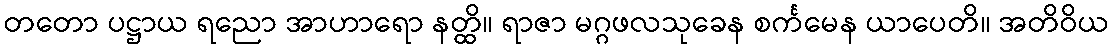
တတော ပဋ္ဌာယ ရညော အာဟာရော နတ္ထိ။ ရာဇာ မဂ္ဂဖလသုခေန စင်္ကမေန ယာပေတိ။ အတိဝိယ